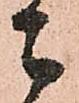
ニ